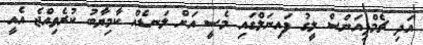
އަދި ޗެމްޕިއަންސް ލީގު ފައިނަލްގައި މެސީ އަށް ލަނޑެއް ކާމިޔާބު ކުރެވިއްޖެ އެއީ